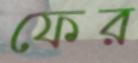
ফের